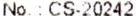
NO. : CS-20242